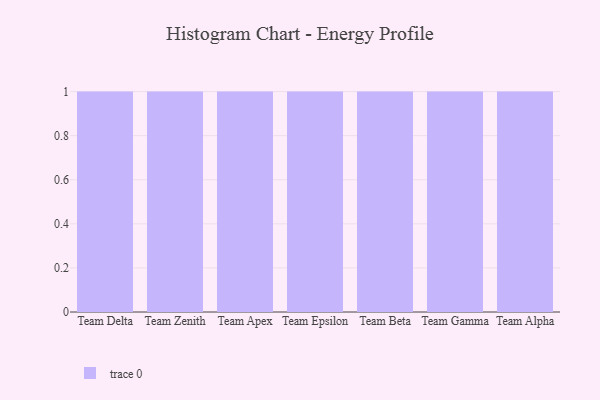
{"axis": {"x": "Team", "y": "Latency (ms)"}, "legend": [""], "data": [{"x": "Team Delta", "y": 77, "type": ""}, {"x": "Team Zenith", "y": 41, "type": ""}, {"x": "Team Apex", "y": 63, "type": ""}, {"x": "Team Epsilon", "y": 37, "type": ""}, {"x": "Team Beta", "y": 40, "type": ""}, {"x": "Team Gamma", "y": 12, "type": ""}, {"x": "Team Alpha", "y": 47, "type": ""}]}